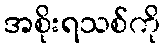
အစိုးရသစ်ကို